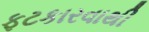
ફટકારવાથી